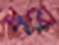
ধূল